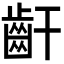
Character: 𪗙